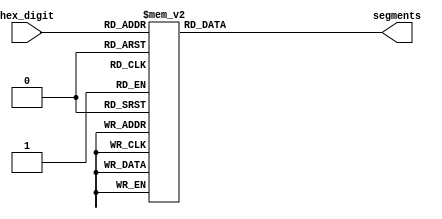
/* hex decoder */
/* Copied from Lab5 part 2 starter code */
module hex_decoder(hex_digit, segments);
    input [3:0] hex_digit;
    output reg [6:0] segments;

    // sensitive to any changes
    always @(*)
        // in the case that hex_digit is 4'h0, 4'h1....
        case (hex_digit)
            4'h0: segments = 7'b100_0000;
            4'h1: segments = 7'b111_1001;
            4'h2: segments = 7'b010_0100;
            4'h3: segments = 7'b011_0000;
            4'h4: segments = 7'b001_1001;
            4'h5: segments = 7'b001_0010;
            4'h6: segments = 7'b000_0010;
            4'h7: segments = 7'b111_1000;
            4'h8: segments = 7'b000_0000;
            4'h9: segments = 7'b001_1000;
            4'hA: segments = 7'b000_1000;
            4'hB: segments = 7'b000_0011;
            4'hC: segments = 7'b100_0110;
            4'hD: segments = 7'b010_0001;
            4'hE: segments = 7'b000_0110;
            4'hF: segments = 7'b000_1110;
            default: segments = 7'h7f;
        endcase
endmodule